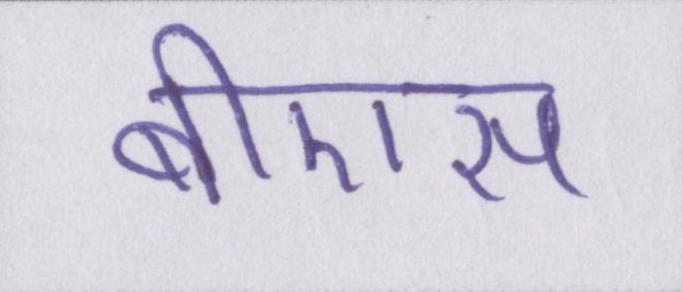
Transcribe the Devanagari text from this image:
बीएस